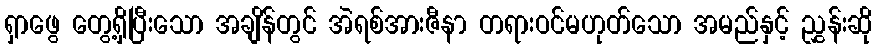
ရှာဖွေ တွေ့ရှိပြီးသော အချိန်တွင် အဲရစ်အားဇီနာ တရားဝင်မဟုတ်သော အမည်နှင့် ညွှန်းဆို